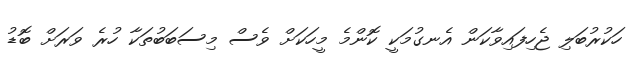
ހަކުރުބަލި ޖެހިފައިވާކަން އެނގުމަކީ ކޮންމެ މީހަކަށް ވެސް މިސަބަބުތަކާ ހުރެ ވަރަށް ބޮޑު